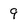
Character: 9